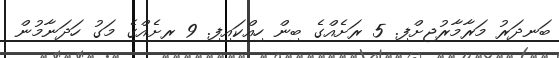
ބަނދަރު މަރާމާރުޖށްފި. 5 ރަށެއްގެ ބިން ހިއްކައިފި. 9 ރށެއްގެ މަގު ހަދަނާމުން